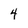
Character: 4